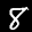
Label: 8